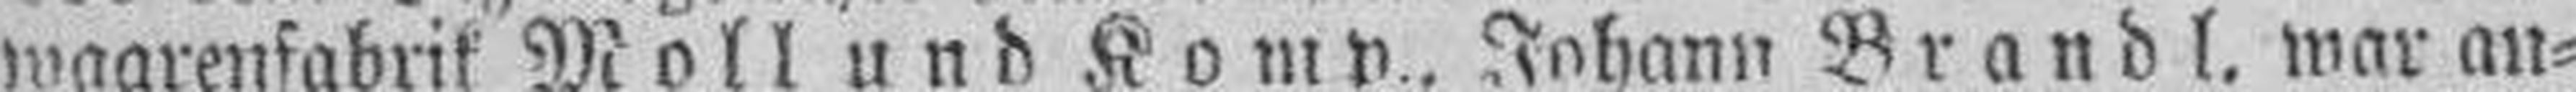
waarenfabrik Moll und Komp., Johann Brandl, war an¬